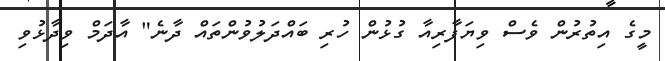
މީގެ އިތުރުން ވެސް ވިޔަފާރިއާ ގުޅުން ހުރި ބައްދަލުވުންތައް ދާނެ" އާދަމް ވިދާޅުވި